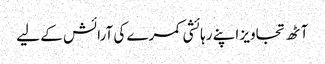
آٹھ تجاویز اپنے رہائشی کمرے کی آرائش کے لیے